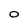
Character: O